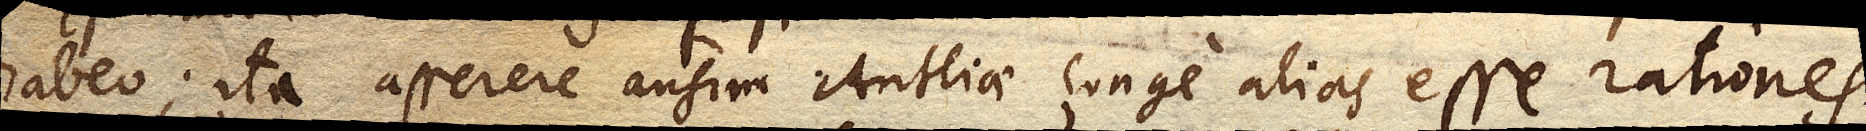
habeo; ita asserere ausim Antliae longe alias esse rationes.